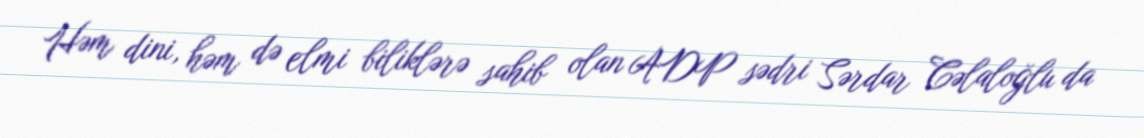
Həm dini, həm də elmi biliklərə sahib olan ADP sədri Sərdar Cəlaloğlu da